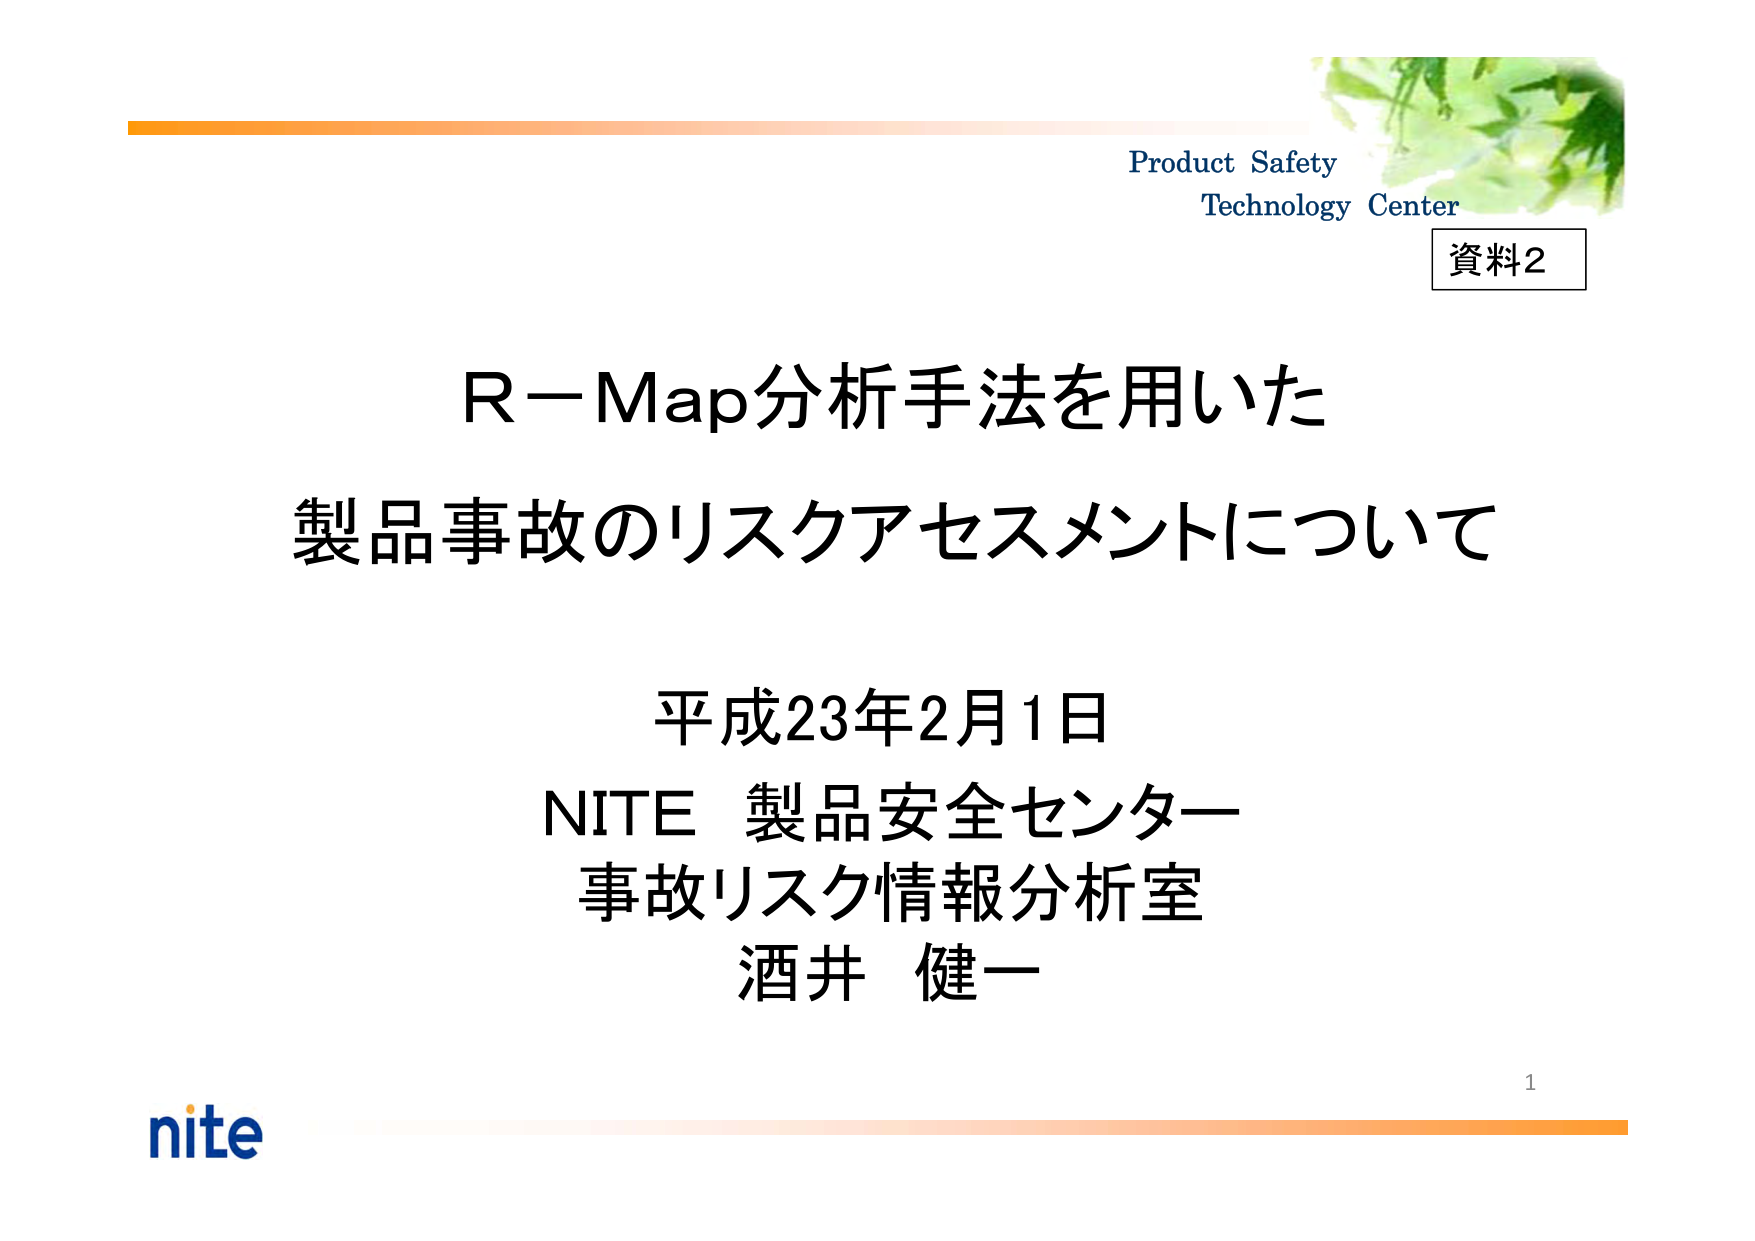
Product Safety
Technology Center
資料2
R－Map分析手法を用いた
製品事故のリスクアセスメントについて
平成23年2月1日
NITE 製品安全センター
事故リスク情報分析室
酒井 健一
nite
1